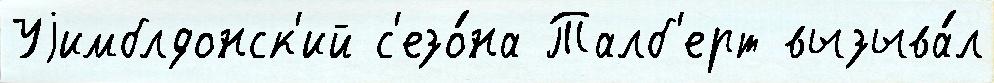
Уjимблдонск'ий с'езо́на Талб'ерт вызыва́л